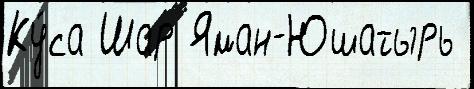
Ку́са Шар Яман-Юшатырь